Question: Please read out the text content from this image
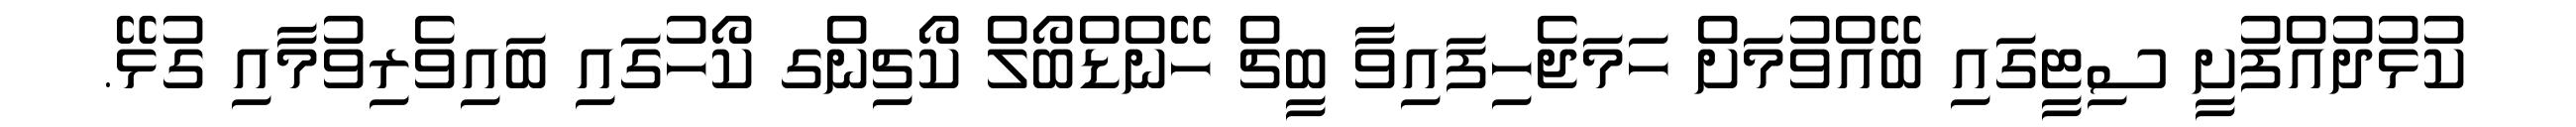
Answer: ކުޅުދުއްފުށީ ސިޓީގައި ބޭއްވުމަށް ހަމަޖެހިފައިވާ ބީޗް ހޭންޑްބޯލް ކޯޗިންގ ކޯހުގައި ބައިވެރިވުމާއި ގުޅޭ.